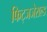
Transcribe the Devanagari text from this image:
फिट्जजेराल्ड